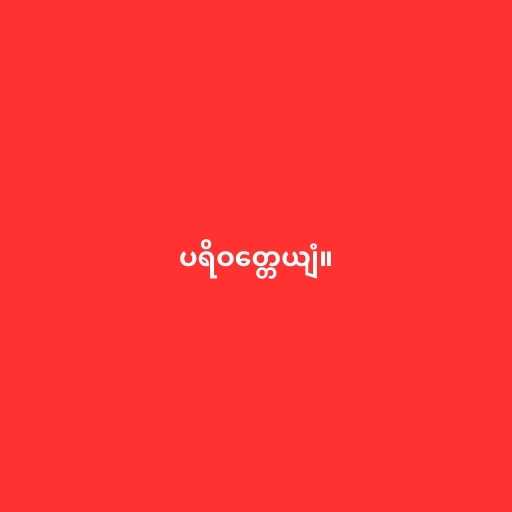
ပရိဝတ္တေယျံ။